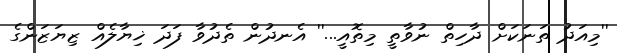
''މިއަދު ތަނަކަށް ދާހިތް ނުވާތީ މިތޮއީ...'' އެނދުން ތެދުވާ ފަދަ ޚިޔާލެއް ޒިޔަޒަންގެ